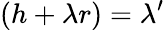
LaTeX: (h+\lambda r)=\lambda^{\prime}